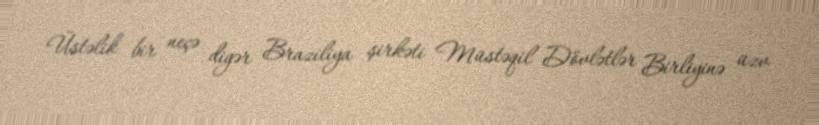
Üstəlik bir neçə digər Braziliya şirkəti Müstəqil Dövlətlər Birliyinə üzv